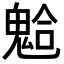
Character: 𩳋